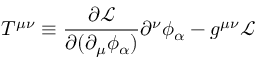
T ^ { \mu \nu } \equiv { \frac { \partial { \mathcal { L } } } { \partial ( \partial _ { \mu } \phi _ { \alpha } ) } } \partial ^ { \nu } \phi _ { \alpha } - g ^ { \mu \nu } { \mathcal { L } }